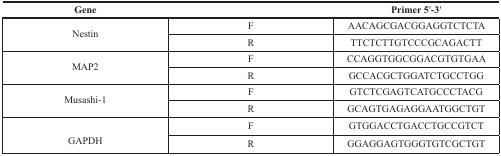
<table><thead><tr><td><b>Gene</b></td><td></td><td><b>Primer 5′-3′</b></td></tr></thead><tbody><tr><td rowspan="2">Nestin</td><td>F</td><td>AACAGCGACGGAGGTCTCTA</td></tr><tr><td>R</td><td>TTCTCTTGTCCCGCAGACTT</td></tr><tr><td rowspan="2">MAP2</td><td>F</td><td>CCAGGTGGCGGACGTGTGAA</td></tr><tr><td>R</td><td>GCCACGCTGGATCTGCCTGG</td></tr><tr><td rowspan="2">Musashi-1</td><td>F</td><td>GTCTCGAGTCATGCCCTACG</td></tr><tr><td>R</td><td>GCAGTGAGAGGAATGGCTGT</td></tr><tr><td rowspan="2">GAPDH</td><td>F</td><td>GTGGACCTGACCTGCCGTCT</td></tr><tr><td>R</td><td>GGAGGAGTGGGTGTCGCTGT</td></tr></tbody></table>